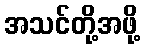
အသင်တို့အဖို့